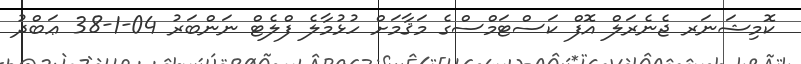
ކޮމިޝަނަރ ޖެނެރަލް އޮފް ކަސްޓަމްސްގެ މަޤާމަށް ހުޅުމާލެ ފްލެޓް ނަންބަރު 04-1-38 ޢަބްދު